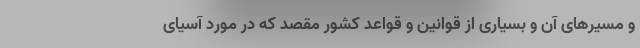
و مسیرهای آن و بسیاری از قوانین و قواعد کشور مقصد که در مورد آسیای